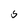
Character: S